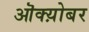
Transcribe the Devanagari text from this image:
ऒक्य़ोबर